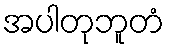
အပါတုဘူတံ